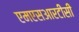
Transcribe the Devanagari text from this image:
एमएसआरटीसी